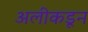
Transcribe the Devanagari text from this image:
अलीकडून